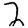
Digit: 2